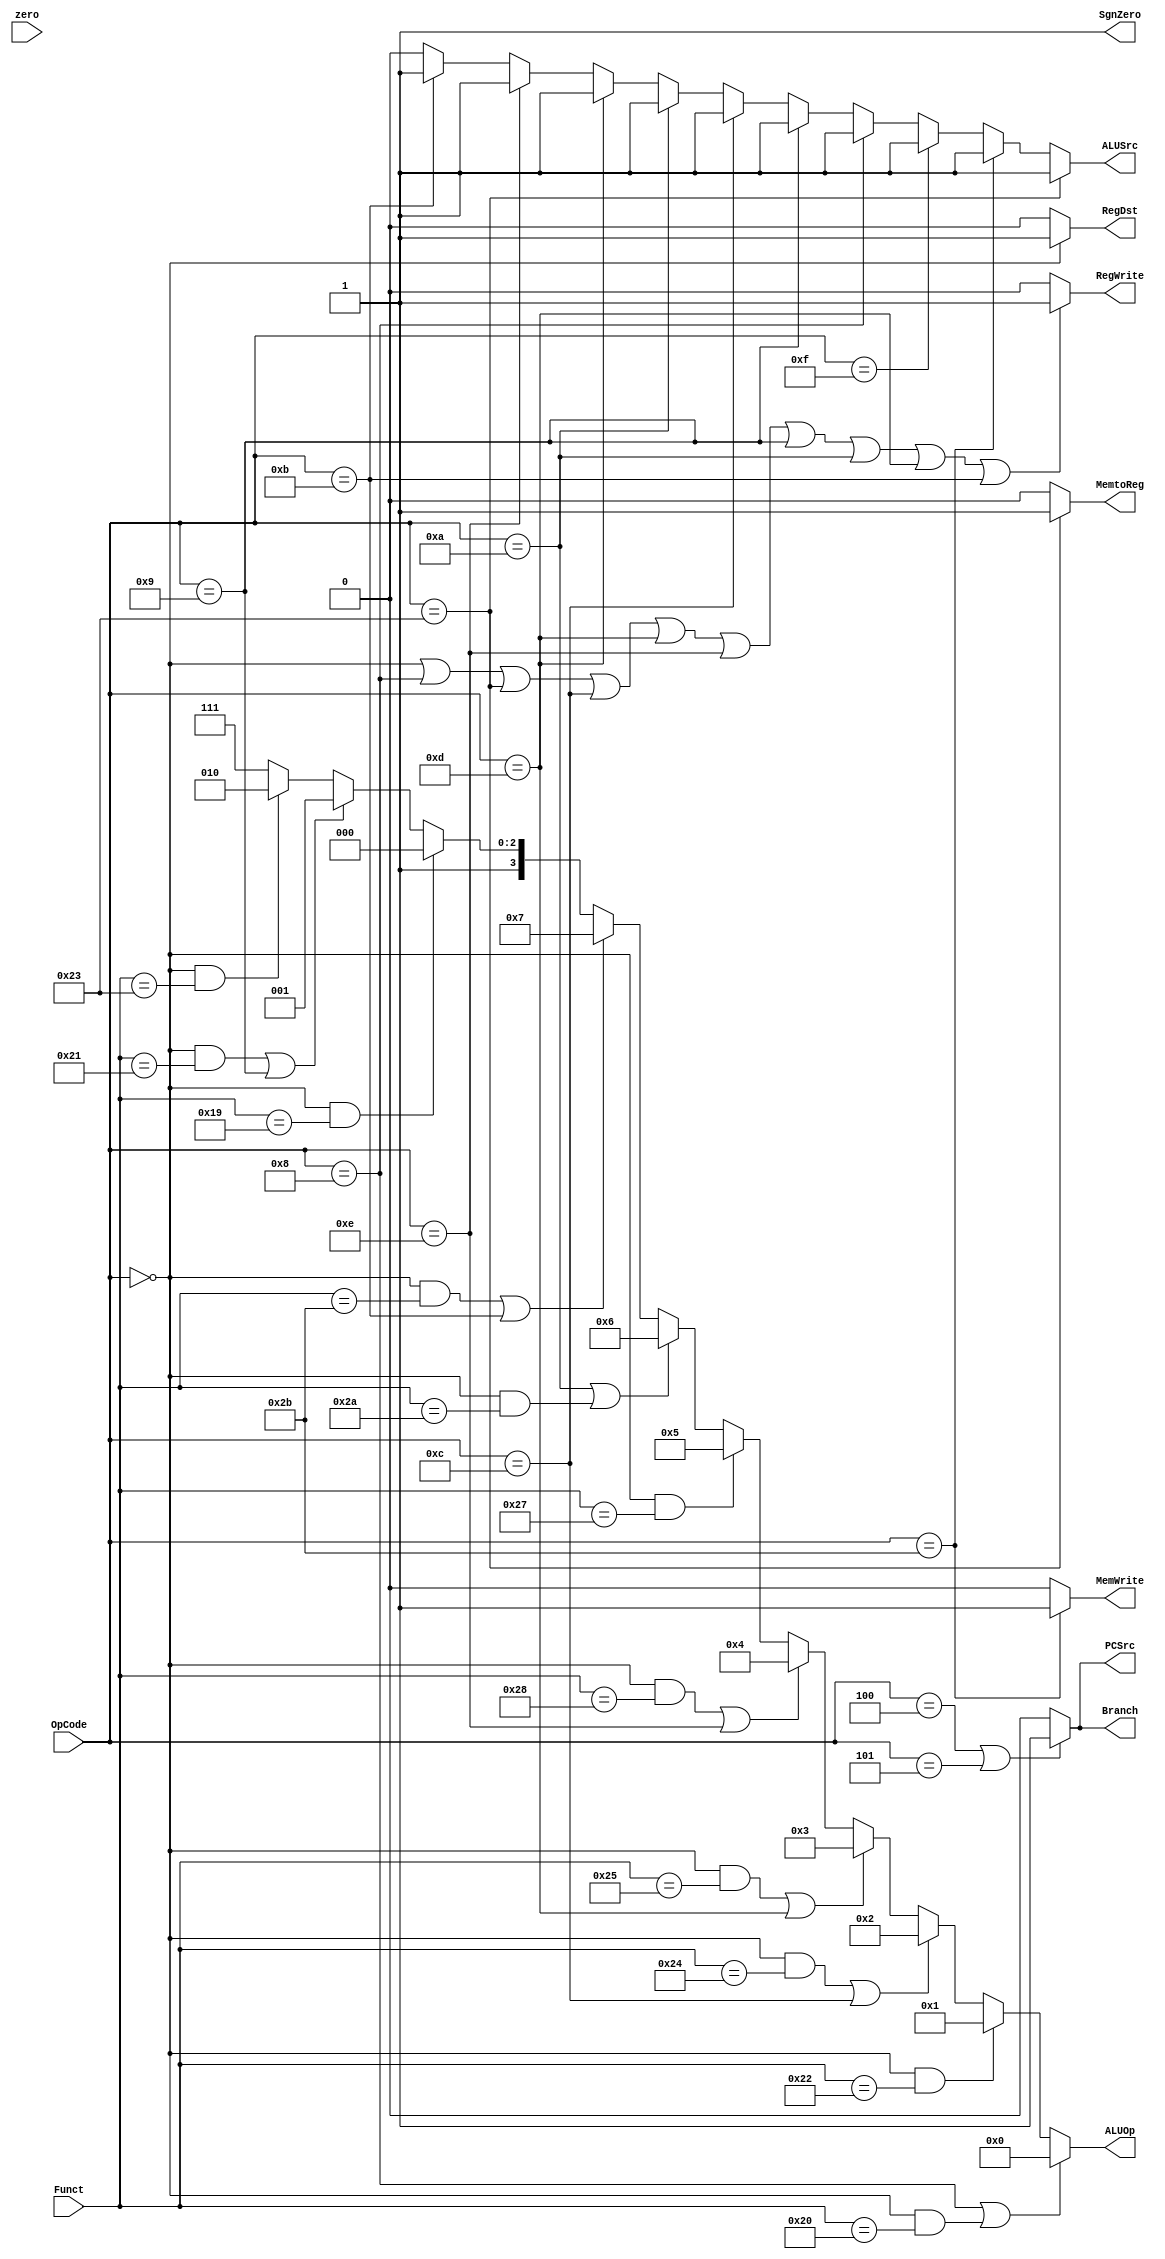
module Control(OpCode, Funct, zero, Branch,
	MemtoReg, MemWrite, PCSrc, ALUOp,
	 ALUSrc, RegDst, RegWrite, SgnZero);
	
	input [5:0] OpCode;
	input [5:0] Funct;
	input zero;
	
	output Branch;
	output MemtoReg;
	output MemWrite;
	output PCSrc;
	output [3:0] ALUOp;
	output ALUSrc;
	output RegDst;
	output RegWrite;
	output SgnZero;

	
	//output Branch;
	assign Branch = ((OpCode == 6'h04)||(OpCode == 6'h05))?1'b1:1'b0;
	
	assign PCSrc = ((OpCode==6'h05)||(OpCode==6'h04))? 1'b1 : 1'b0;
	
	assign MemWrite = (OpCode == 6'h2b)? 1'b1:1'b0;

    // r-type/addi/lw/sw/beq/bne/andi/ori/xori/addiu/slti/sltiu/
	assign RegWrite = (OpCode == 6'h00 || OpCode == 6'h08 || 
					 OpCode == 6'h23 ||OpCode == 6'h0c ||
					 OpCode == 6'h0d ||OpCode == 6'h0e ||
					 OpCode == 6'h09 ||OpCode == 6'h0a ||
					 OpCode == 6'h0d ||OpCode == 6'h0b)?1'b1:1'b0;

	assign RegDst = (OpCode == 6'h00)? 1'b1:1'b0;

	assign MemtoReg = (OpCode == 6'h23)? 1'b1:1'b0;

	assign ALUSrc = (OpCode == 6'h23)?1'b1:
				   (OpCode == 6'h2b)?1'b1:
				   (OpCode == 6'h0f)?1'b1:
				   (OpCode == 6'h08)?1'b1:
				   (OpCode == 6'h09)?1'b1:
				   (OpCode == 6'h0c)?1'b1:
				   (OpCode == 6'h0a)?1'b1:
				   (OpCode == 6'h0d)?1'b1:
				   (OpCode == 6'h0e)?1'b1:
				   (OpCode == 6'h0b)?1'b1:1'b0;
	
	assign ALUOp[3:0] = 
		((OpCode==6'h08)||((OpCode==6'h00)&&(Funct==6'h20)))? 4'b0000: //ADD
		((OpCode==6'h00)&&(Funct==6'h22))? 4'b0001: //SUB
		(((OpCode==6'h00)&&(Funct==6'h24))||(OpCode==6'h0c))? 4'b0010: //AND
		(((OpCode==6'h00)&&(Funct==6'h25))||(OpCode==6'h0d))? 4'b0011: //OR
		(((OpCode==6'h00)&&(Funct==6'h28))||(OpCode==6'h0e))? 4'b0100: //XOR
		((OpCode==6'h00)&&(Funct==6'h27))? 4'b0101: //NOR
		((OpCode==6'h0a)||((OpCode==6'h00)&&(Funct==6'h2a)))? 4'b0110: //SLT
		(((OpCode==6'h00)&&(Funct==6'h2b))||(OpCode==6'h0b))? 4'b0111: //SLTU
		((OpCode==6'h00)&&(Funct==6'h19))? 4'b1000: //MULTU
		(((OpCode==6'h00)&&(Funct==6'h21))||(OpCode==6'h09))? 4'b1001: //ADDU
		((OpCode==6'h00)&&(Funct==6'h23))? 4'b1010:4'b1111; //SUBU
		
	assign SgnZero = 1'b1;
	
endmodule